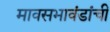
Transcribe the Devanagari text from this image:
मावसभावंडांचीं